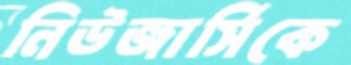
নিউজার্সিকে